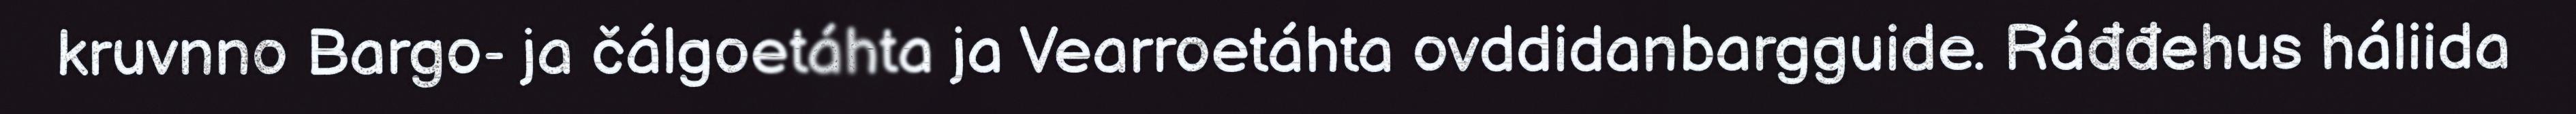
kruvnno Bargo- ja čálgoetáhta ja Vearroetáhta ovddidanbargguide. Ráđđehus háliida